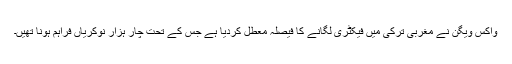
واکس ویگن نے مغربی ترکی میں فیکٹری لگانے کا فیصلہ معطل کردیا ہے جس کے تحت چار ہزار نوکریاں فراہم ہونا تھیں۔